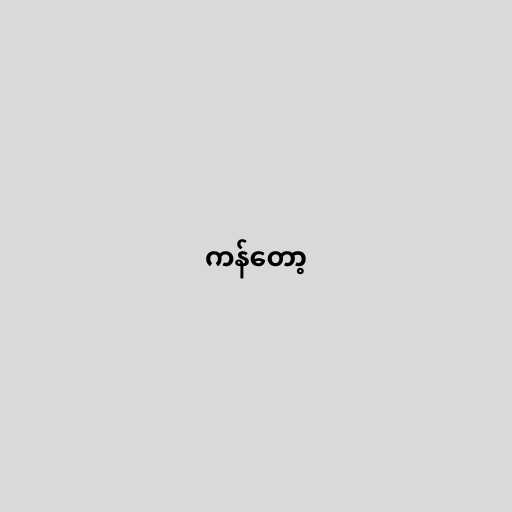
ကန်တော့